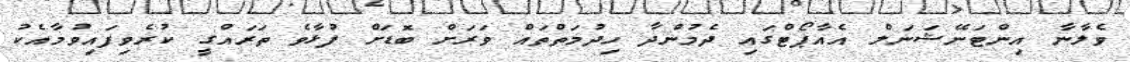
ވެލާނާ އިންޓަނޭޝަނަލް އެއާޕޯޓްގައި ދެމުންދާ ހިދުމަތްތައް ވަރަށް ބޮޑަށް ފުޅާވެ ތަރައްގީ ކުރެވިފައިވުމާއެކު